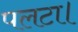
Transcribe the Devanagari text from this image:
पलटा।